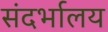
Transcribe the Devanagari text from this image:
संदर्भालय